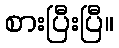
စားပြီးပြီ။